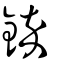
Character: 錊